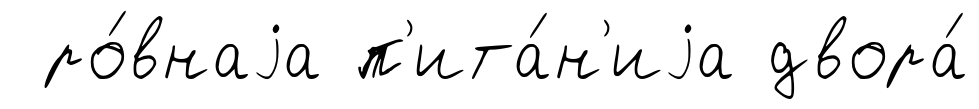
ро́внаjа п'ита́н'иjа двора́